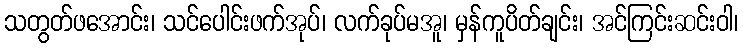
သတွတ်ဖအောင်း၊ သင်ပေါင်းဖက်အုပ်၊ လက်ခုပ်မအူ၊ မှန်ကူပိတ်ချင်း၊ အင်ကြင်းဆင်းဝါ၊